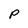
Character: P